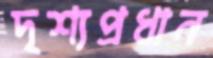
দৃশ্যপ্রধান